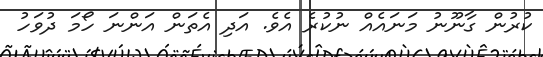
ކުރުން ގާނޫނު މަނައެއް ނުކުރެ އެވެ. އަދި އެތަން އަންނަ ހޯމަ ދުވަހު